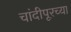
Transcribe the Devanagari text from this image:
चांदीपूरच्या